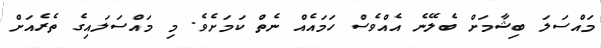
މައްސަލަ ބިޝާމަށް ބެލޭނެ އެއްވެސް ހަމައެއް ނެތް ކަމަށެވެ. މި މައްސަލައިގެ ތެރެއަށް